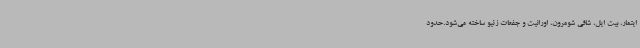
ایتمار، بیت ایل، شافی شومرون، اورانیت و جفعات زئیو ساخته می‌شود.حدود